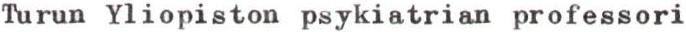
Turun Yliopiston psykiatrian professori